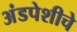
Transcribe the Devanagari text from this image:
अंडपेशीचे